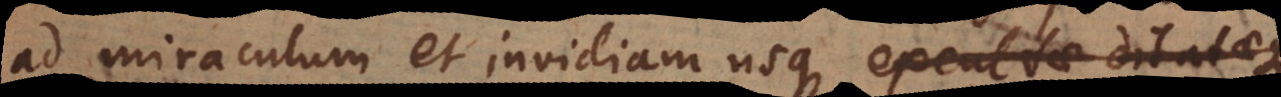
ad miraculum et invidiam usque excultae dilataeque